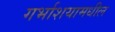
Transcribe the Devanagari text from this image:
गर्भाशयामधील